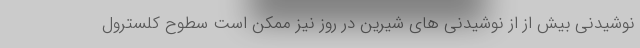
نوشیدنی بیش از از نوشیدنی های شیرین در روز نیز ممکن است سطوح کلسترول